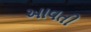
આવતી